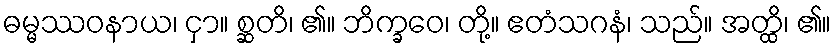
ဓမ္မဿဝနာယ၊ ငှာ။ စ္ဆတိ၊ ၏။ ဘိက္ခဝေ၊ တို့။ ဧတံသဂနံ၊ သည်။ အတ္ထိ၊ ၏။